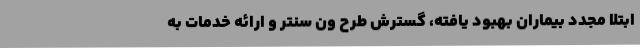
ابتلا مجدد بیماران بهبود یافته، گسترش طرح ون سنتر و ارائه خدمات به